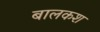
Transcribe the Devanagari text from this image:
बालकश